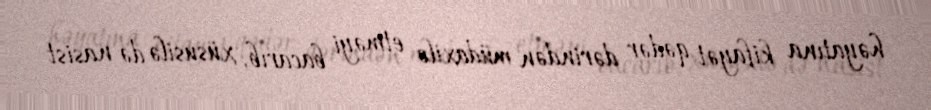
həyatına kifayət qədər dərindən müdaxilə etməyi bacarıb, xüsusilə də nasist